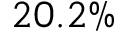
2 0 . 2 \%